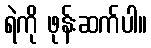
ရဲကို ဖုန်းဆက်ပါ။